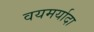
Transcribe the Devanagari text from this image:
वयमर्यादा